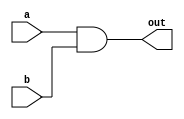
`timescale 1ns / 1ps
//////////////////////////////////////////////////////////////////////////////////
// Company: 
// Engineer: 
// 
// Design Name: 
// Module Name:    and 
// Project Name: 
// Target Devices: 
// Tool versions: 
// Description: 
//
// Dependencies: 
//
// Revision: 
// Revision 0.01 - File Created
// Additional Comments: 
//
//////////////////////////////////////////////////////////////////////////////////
module and1(
    input a,
    input b,
    output out
    );
 and a1 (out, a,b);

endmodule